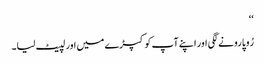
‘‘
رُوپا رونے لگی اور اپنے آپ کو کپڑے میں اور لپیٹ لیا۔